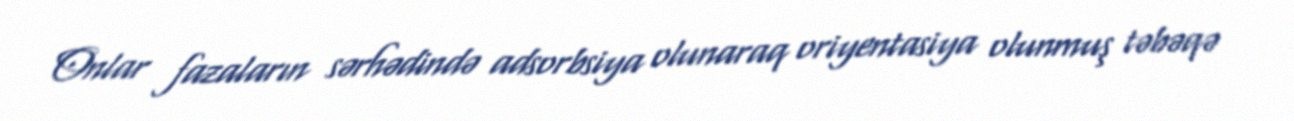
Onlar fazaların sərhədində adsorbsiya olunaraq oriyentasiya olunmuş təbəqə